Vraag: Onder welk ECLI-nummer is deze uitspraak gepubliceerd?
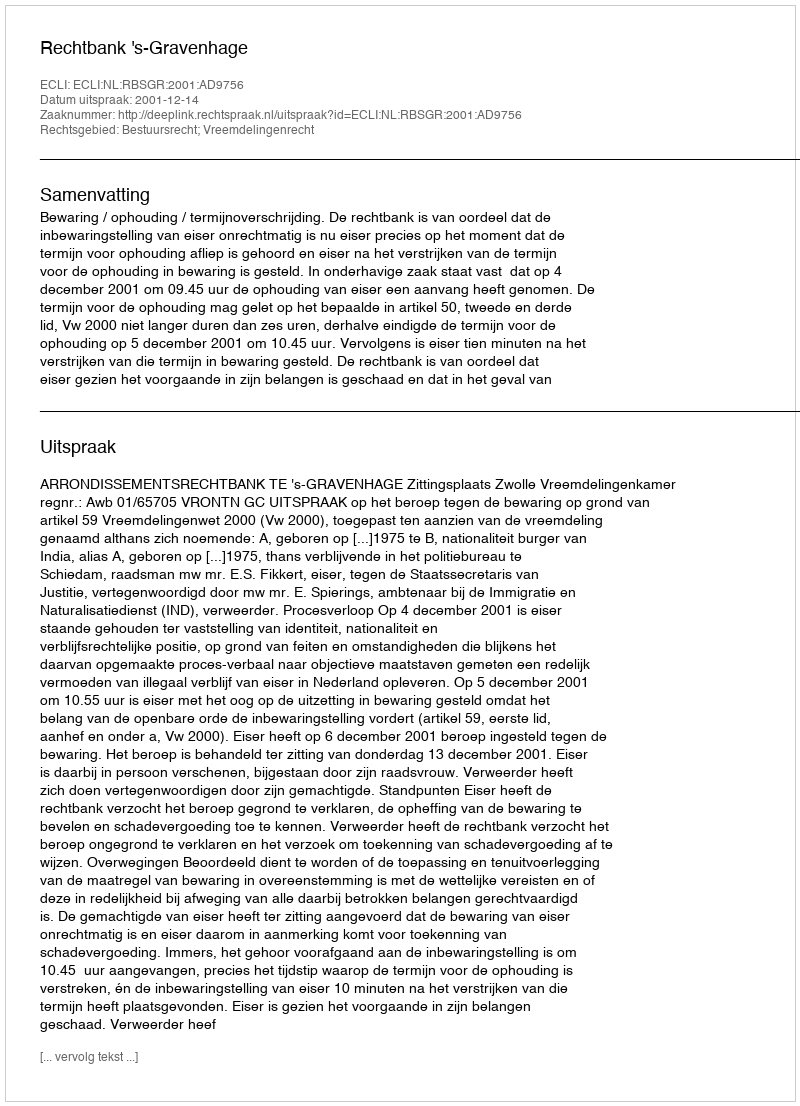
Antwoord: ECLI:NL:RBSGR:2001:AD9756